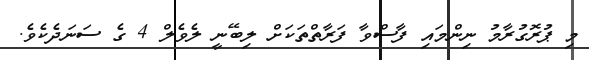
މި ޕުރޮގުރާމު ނިންމައި ފާސްވާ ފަރާތްތަކަށް ލިބޭނީ ލެވެލް 4 ގެ ސަނަދެކެވެ.